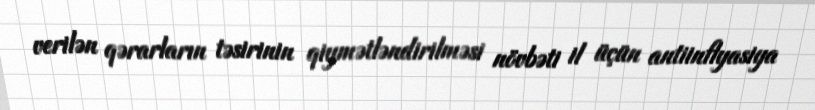
verilən qərarların təsirinin qiymətləndirilməsi növbəti il üçün antiinflyasiya